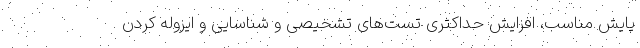
پایش مناسب، افزایش حداکثری تست‌های تشخیصی و شناسایی و ایزوله کردن